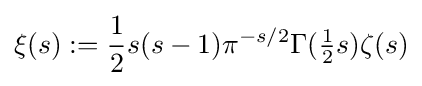
\xi (s):={\frac {1}{2}}s(s-1)\pi ^{-s/2}\Gamma ({\tfrac {1}{2}}s)\zeta (s)